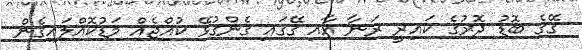
ގޭގެ ބޮޑު ދޮރުގެ ކައިރީ ރަނާ އާއި ގޭގައި ގެންގުޅޭ ކުއްޖެއް މަޑުކޮއްލައިގެން